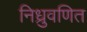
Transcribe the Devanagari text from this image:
निध्रुवणित